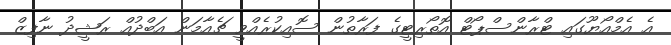
އެ އެމްއޯޔޫގައި ޓްރާންސްޕޯޓް އޮތޯރިޓީގެ ފަރާތުން ސޮއިކުރެއްވީ ޗެއާމަން އަބްދުއް ރަޝީދު ނާފިޒް